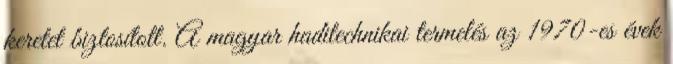
keretet biztosított. A magyar haditechnikai termelés az 1970-es évek